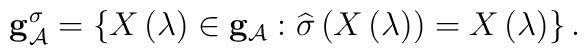
{\bf g}_{{\cal A}}^\sigma =\left\{ X\left( \lambda \right) \in{\bf g}_{{\cal A}}:\widehat{\sigma }\left( X\left( \lambda \right) \right)=X\left( \lambda \right) \right\} .